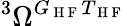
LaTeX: {}^{3}\Omega^{G_{\mathrm{~H~F~}}T_{\mathrm{~H~F~}}}